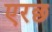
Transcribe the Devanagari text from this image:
एरछ